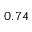
0 . 7 4